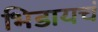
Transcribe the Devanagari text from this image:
भिडायचं